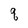
Character: q